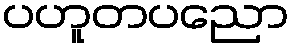
ပဟူတပညော